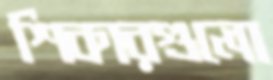
শিকারগুলো